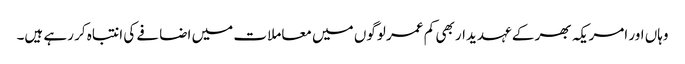
وہاں اور امریکہ بھر کے عہدیدار بھی کم عمر لوگوں میں معاملات میں اضافے کی انتباہ کر رہے ہیں۔